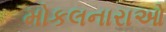
મોકલનારાઓ